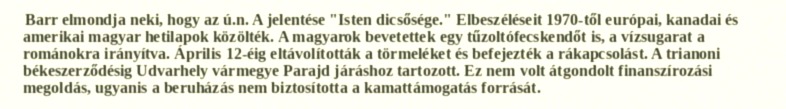
Barr elmondja neki, hogy az ú.n. A jelentése "Isten dicsősége." Elbeszéléseit 1970-től európai, kanadai és amerikai magyar hetilapok közölték. A magyarok bevetettek egy tűzoltófecskendőt is, a vízsugarat a románokra irányítva. Április 12-éig eltávolították a törmeléket és befejezték a rákapcsolást. A trianoni békeszerződésig Udvarhely vármegye Parajd járáshoz tartozott. Ez nem volt átgondolt finanszírozási megoldás, ugyanis a beruházás nem biztosította a kamattámogatás forrását.